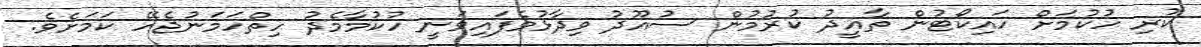
ކުރި ހުކުމަށް ހައިކޯޓުން ތާއީދު ކުރުމުން ސުއޫދު ވިދާޅުވެފައިވަނީ ހުކުމާމެދު ހިތްހަމަނުޖެހޭ ކަމަށެވެ.